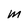
Character: m